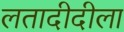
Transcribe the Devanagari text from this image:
लतादीदीला